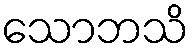
သောဘသိ